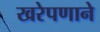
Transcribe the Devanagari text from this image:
खरेपणाने